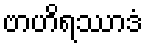
ဗာဟိရဿာဒံ